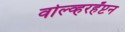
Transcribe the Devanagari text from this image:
वोल्व्हरहँप्टन